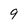
Character: 9